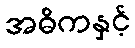
အဓိကနှင့်